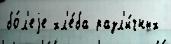
бо́л'еjе хл'е́ба разл'и́чных